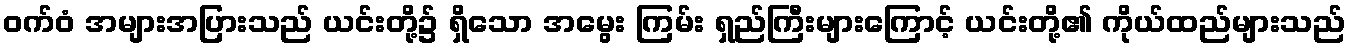
ဝက်ဝံ အများအပြားသည် ယင်းတို့၌ ရှိသော အမွေး ကြမ်း ရှည်ကြီးများကြောင့် ယင်းတို့၏ ကိုယ်ထည်များသည်